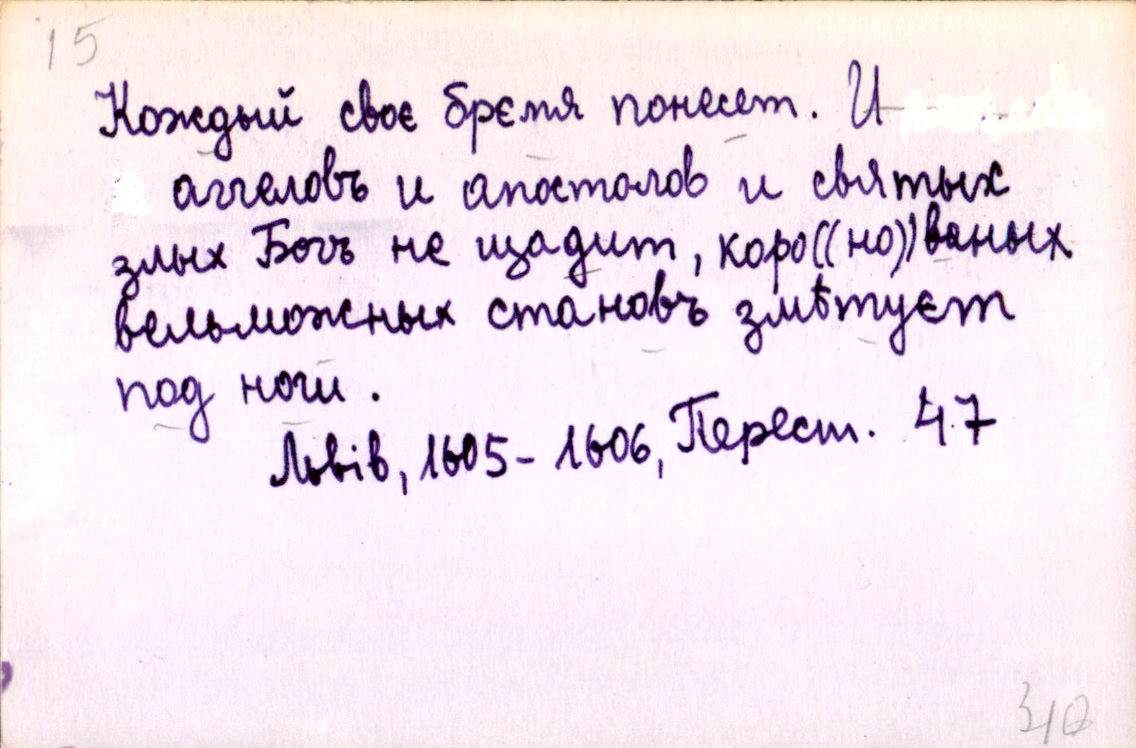
Кождый своє брємя понесет. И
    аггеловъ и апостолов и святых
злых Богъ не щадит, коро((но))ваных
вельможных становъ змѣтуєт
под ноги.
    Львів, 1605-1606, Перест. 47